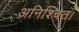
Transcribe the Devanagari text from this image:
अनिश्चित।